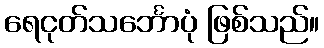
ရေငုတ်သင်္ဘောပုံ ဖြစ်သည်။